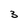
Character: 3